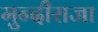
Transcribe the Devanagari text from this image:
मुन्दीराजा